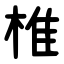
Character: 椎